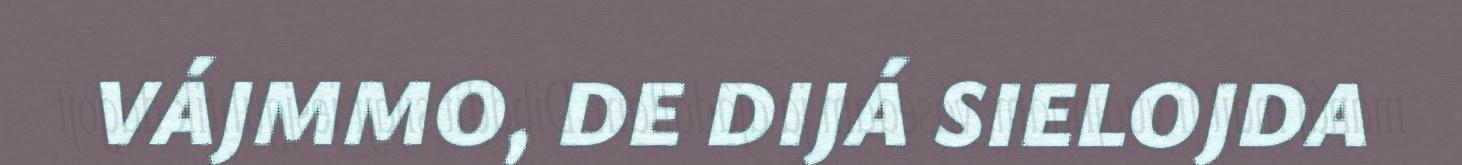
VÁJMMO, DE DIJÁ SIELOJDA